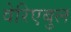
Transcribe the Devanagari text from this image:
वेरिएबुल